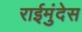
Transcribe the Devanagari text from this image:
राईमुंदेस